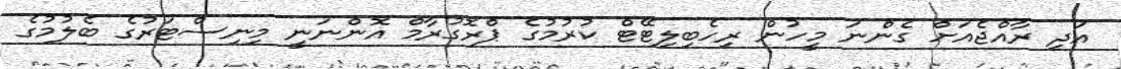
އަދި ރާއްޖެއަށް ގެންނަ މީހުން ރިހެބިލިޓޭޓް ކުރުމުގެ ޕްރޮގުރާމް އޮންނަނީ މިނިސްޓަރުގެ ބެލުމުގެ